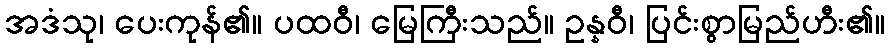
အဒံသု၊ ပေးကုန်၏။ ပထဝီ၊ မြေကြီးသည်။ ဥန္နဝီ၊ ပြင်းစွာမြည်ဟီး၏။